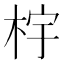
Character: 𰗤